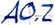
Text: A0.2